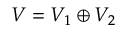
V = V _ { 1 } \oplus V _ { 2 }